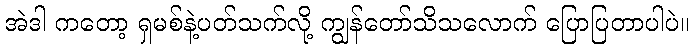
အဲဒါ ကတော့ ရှမစ်နဲ့ပတ်သက်လို့ ကျွန်တော်သိသလောက် ပြောပြတာပါပဲ။